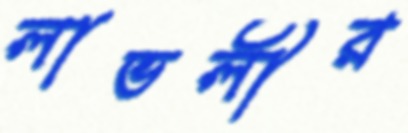
লাভলীর